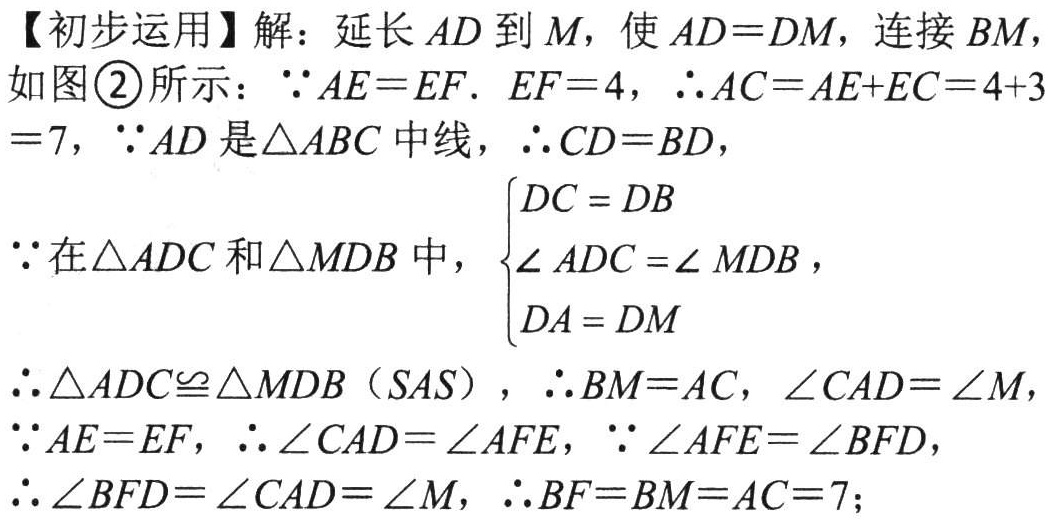
【初步运用】解：延长\(AD\)到\(M\)，使\(AD = DM\)，连接\(BM\)，如图\textcircled{2}所示：\(\because AE = EF\). \(EF = 4\)，\(\therefore AC=AE + EC=4 + 3=7\)，\(\because AD\)是\(\triangle ABC\)中线，\(\therefore CD = BD\)，
\(\because\)在\(\triangle ADC\)和\(\triangle MDB\)中，\(\begin{cases}DC = DB\\\angle ADC=\angle MDB\\DA = DM\end{cases}\)，
\(\therefore\triangle ADC\cong\triangle MDB\)（\(SAS\)），\(\therefore BM = AC\)，\(\angle CAD=\angle M\)，
\(\because AE = EF\)，\(\therefore\angle CAD=\angle AFE\)，\(\because\angle AFE=\angle BFD\)，
\(\therefore\angle BFD=\angle CAD=\angle M\)，\(\therefore BF = BM = AC = 7\)；